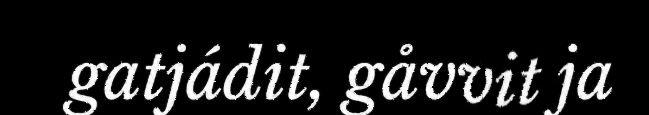
gatjádit, gåvvit ja